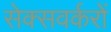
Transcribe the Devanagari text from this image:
सेक्सवर्करों